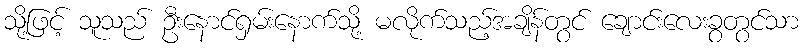
သို့ဖြင့် သူသည် ဦးနောင်ရှမ်းနောက်သို့ မလိုက်သည့်အချိန်တွင် ချောင်းလေးခွတွင်သာ